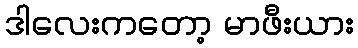
ဒါလေးကတော့ မာဖီးယား